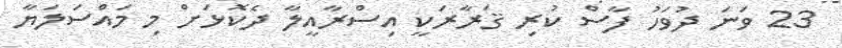
23 ވަނަ ދުވަހު ފާސް ކުރި ޤަރާރަކީ އިސްރާއީލާ ދެކޮޅަށް މި މައްސަލަޔާ